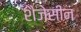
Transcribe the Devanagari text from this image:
शैजेसीन